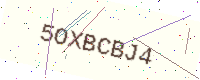
Text: 5OXBCBJ4